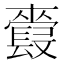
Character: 𲈢